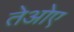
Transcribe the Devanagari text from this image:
तेओए